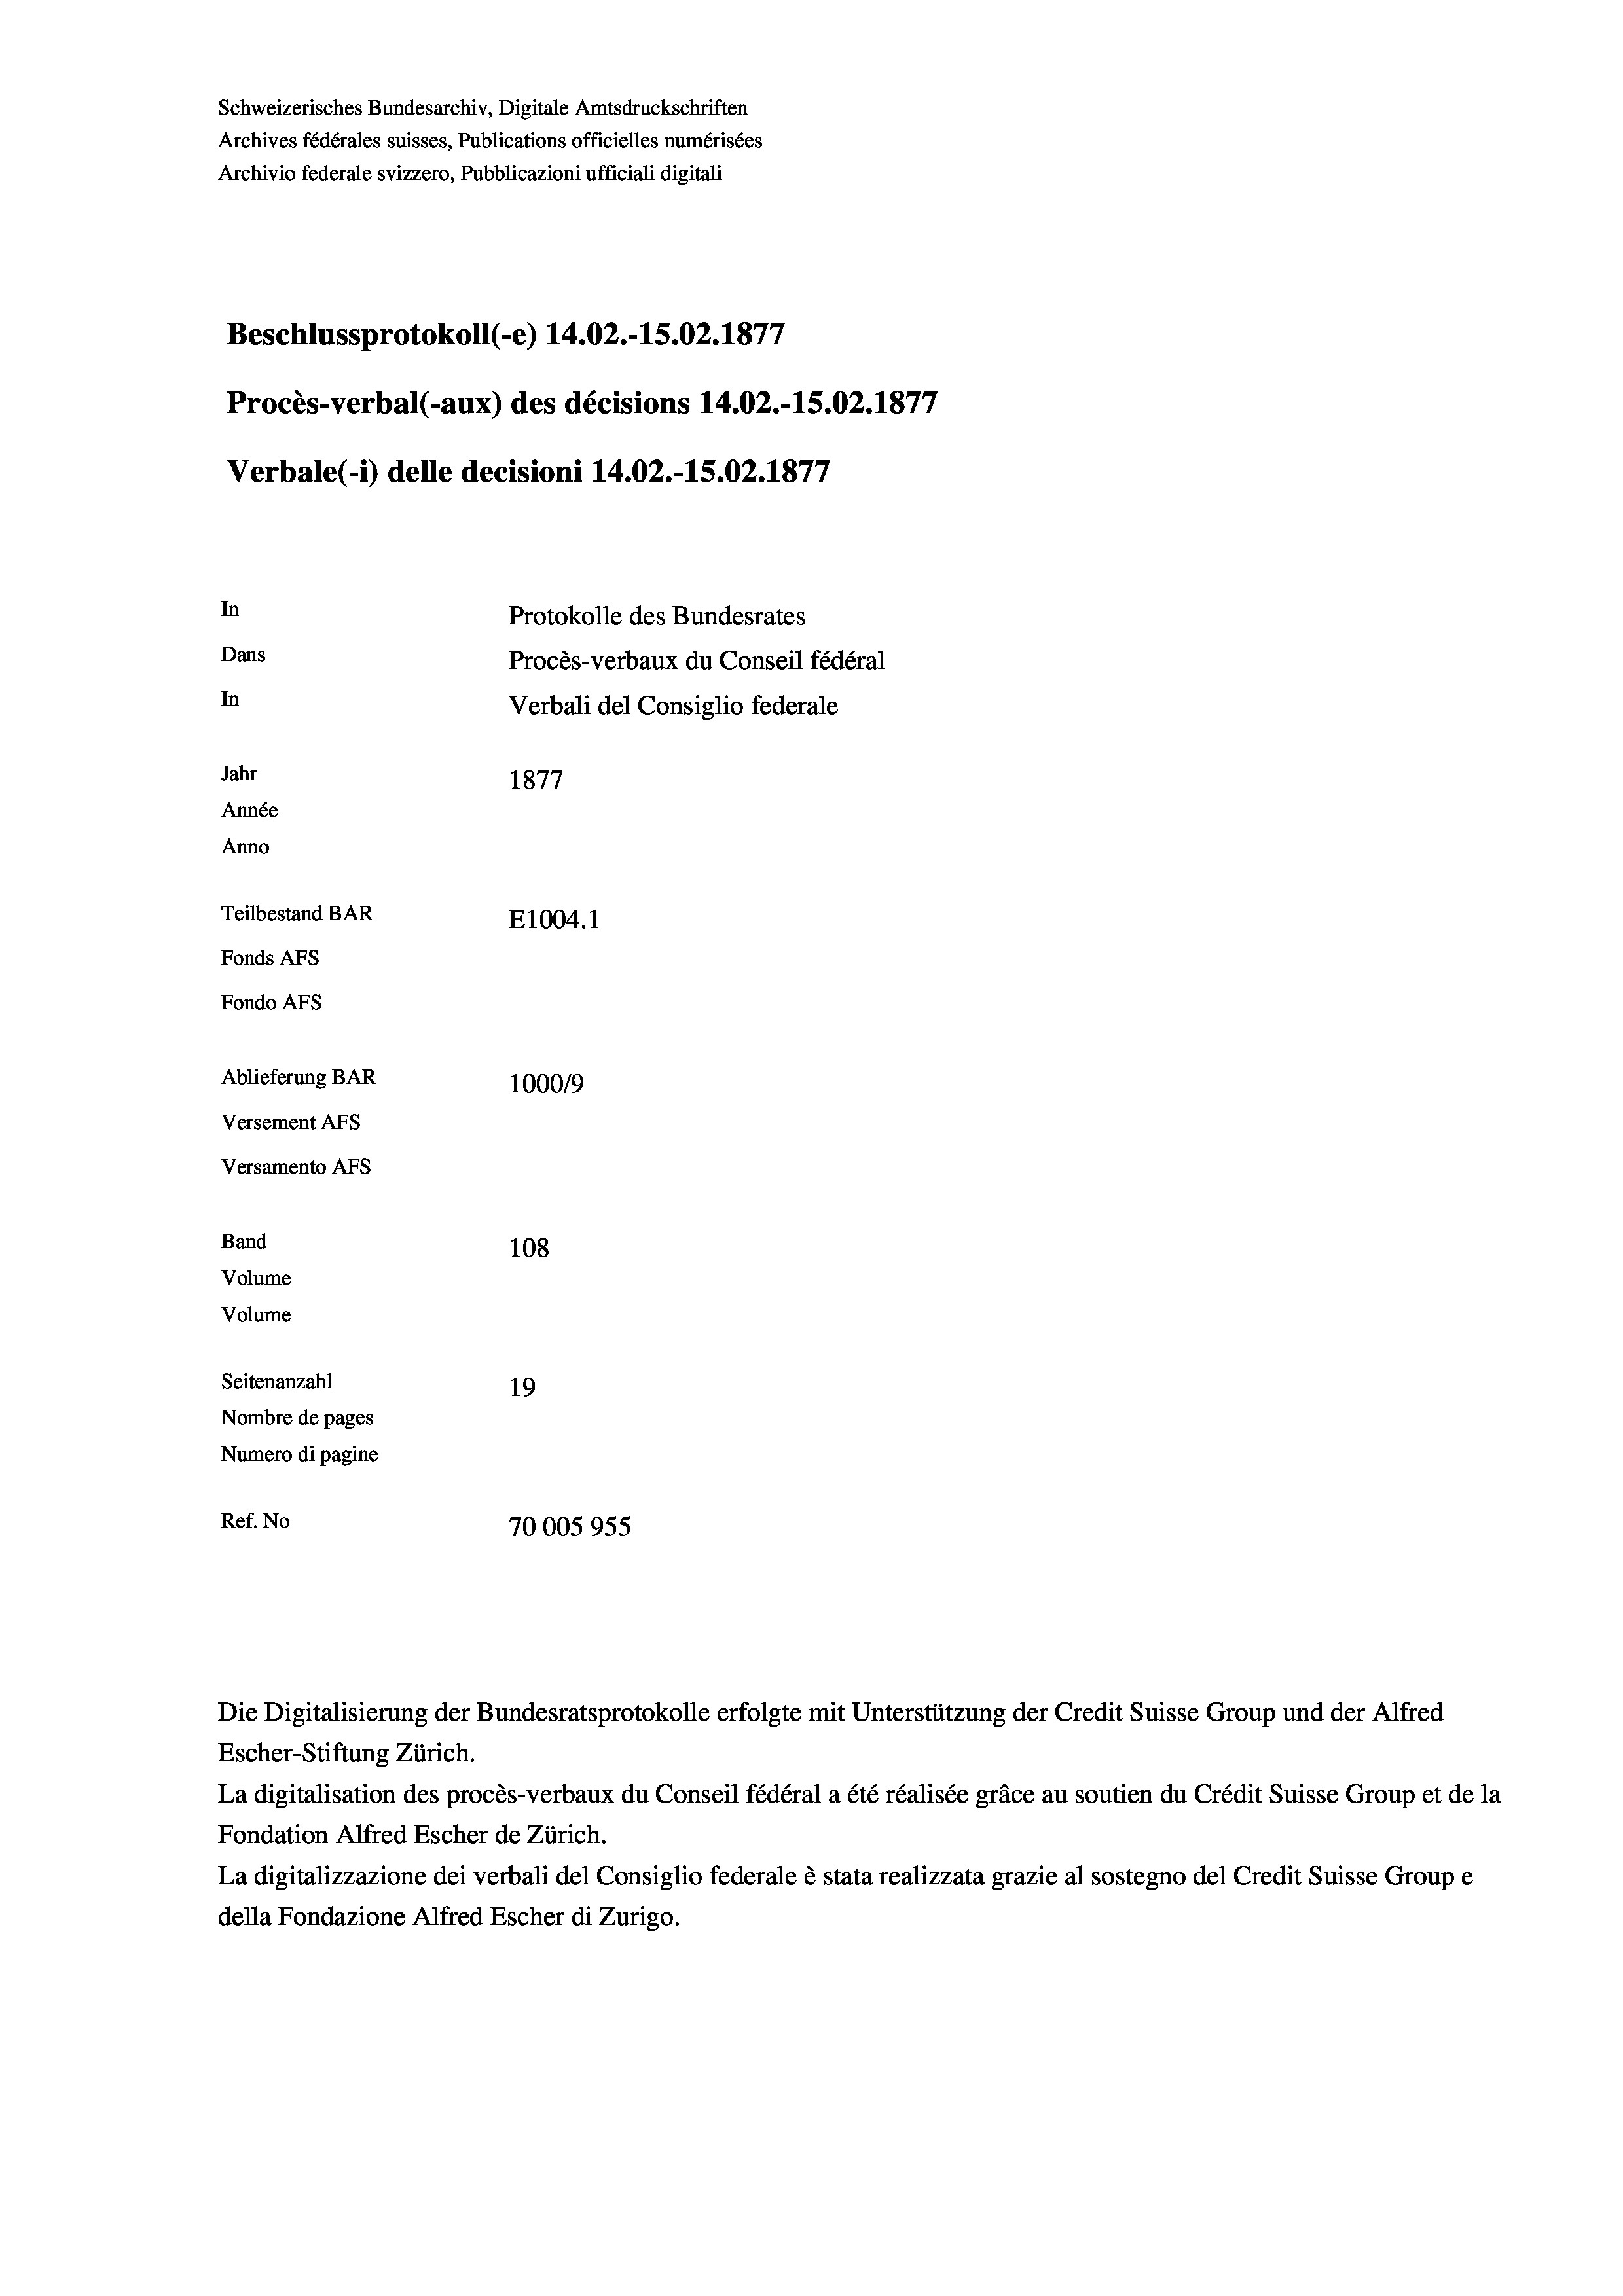
Schweizerisches Bundesarchiv, Digitale Amtsdruckschriften
Archives fédérales suisses, Publications officielles numérisées
Archivio federale svizzero, Pubblicazioni ufficiali digitali
Beschlussprotokoll (-e) 14.02.-15.02. 1877
Procès-verbal (-aux) des décisions 14.02.-15.02.1877
Verbale (- 1) delle decisioni 14.02.-15.02. 1877
In
Protokolle des Bundesrates
Dans
Procès-verbaux du Conseil fédéral
In
Verbali del Consiglio federale
Jahr
1877
Année
Anno
Teilbestand BAR
E1004.1
Fonds AFs
Fondo AFS
Ablieferung BAR
100019
Versement AFs
Versamento Afs
Band
108
Volume
Volume

Seitenanzahl
19
Nombre de pages
Numero di pagine
Ref. No
70005955

Escher-Stiftung Zürich.
La digitalisation des procès-verbaux du Conseil fédéral a été réalisée gräce au soutien du Crédit Suisse Group et de la
Fondation Alfred Escher de Zürich.
La digitalizzazione dei verbali del Consiglio federale è stata realizzata grazie al sostegno del Credit Suisse Groupe
della Fondazione Alfred Escher di Zurigo.

Die Digitalisierung der Bundesratsprotokolle erfolgte mit Unterstützung der Credit Suisse Group und der Alfred